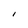
Character: I